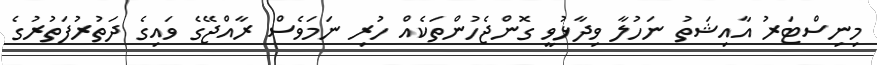
މިނިސްޓަރު އާއިޝަތު ނަހުލާ ވިދާޅުވީ ގޮންޖެހުންތަކެއް ހުރި ނަމަވެސް ރާއްޖޭގެ ވައިގެ ދަތުރުފަތުރުގެ